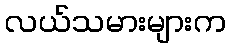
လယ်သမားများက